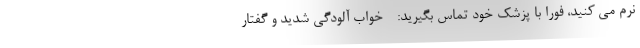
نرم می کنید، فوراً با پزشک خود تماس بگیرید: - خواب آلودگی شدید و گفتار